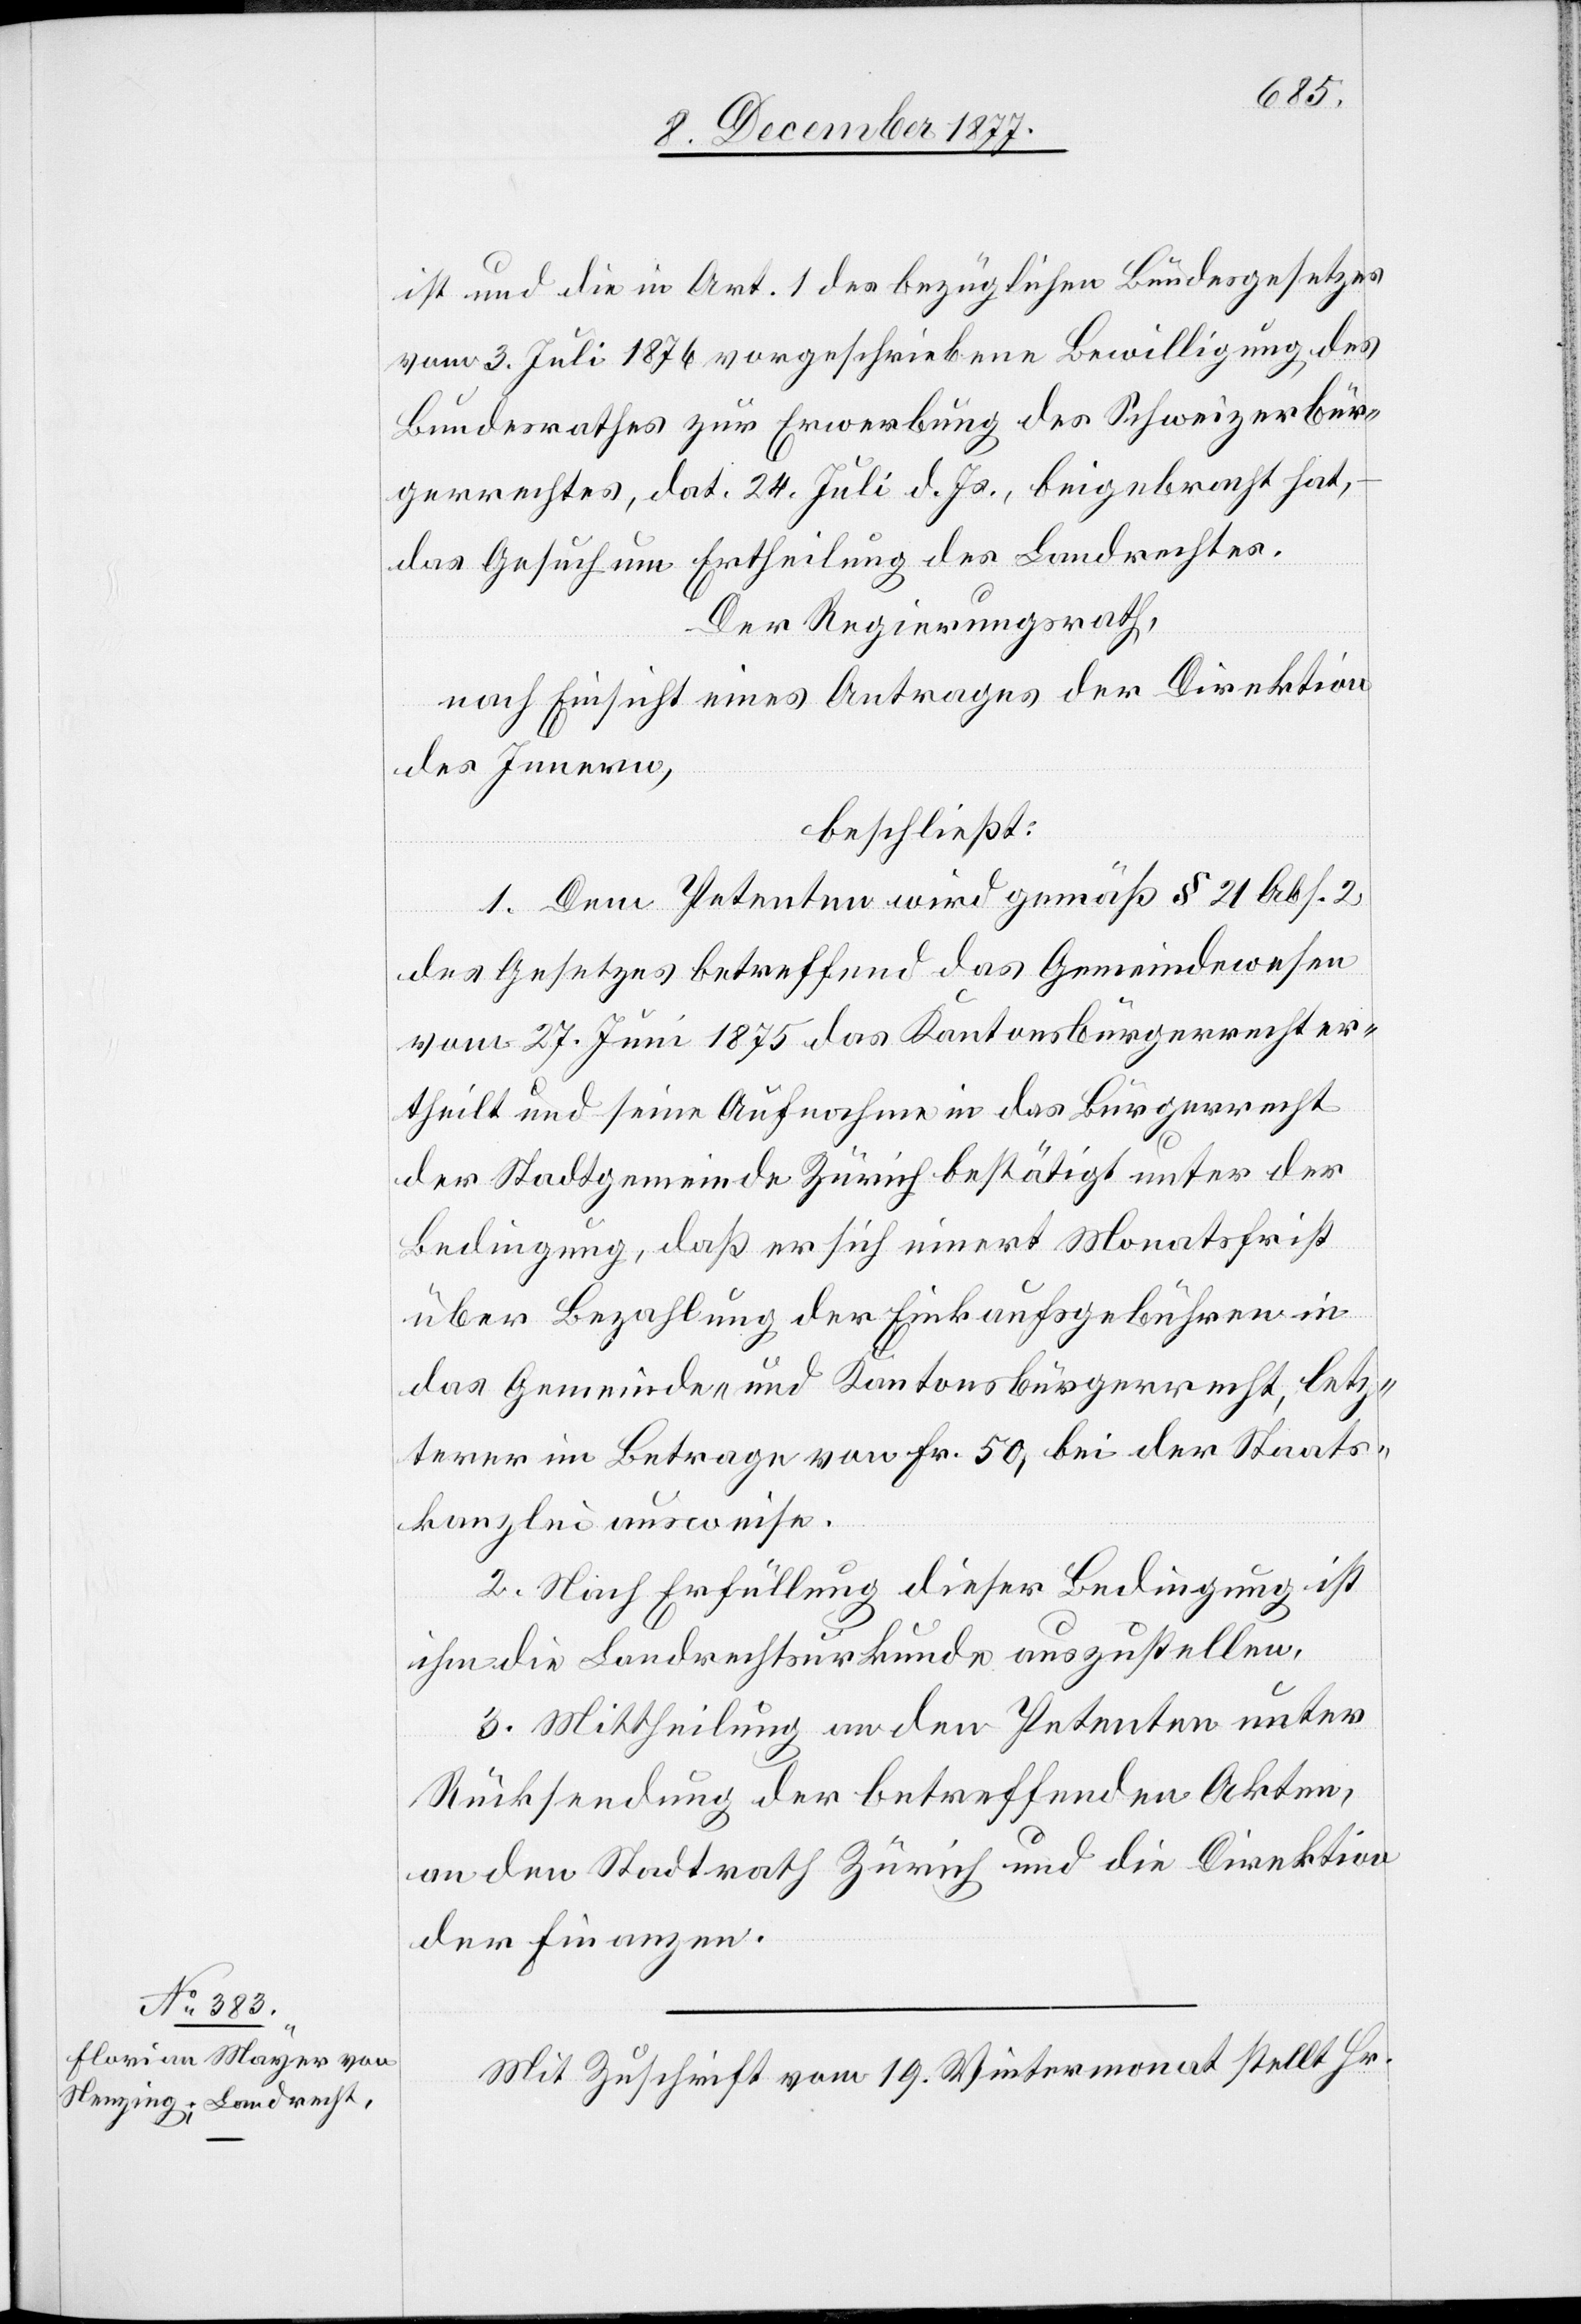
ist und die in Art. 1 des bezüglichen Bundesgesetzes
vom 3. Juli 1876 vorgeschriebene Bewilligung des
Bundesrathes zur Erwerbung des Schweizerbür¬
gerrechtes, dat. 24. Juli d. Js., beigebracht hat,
das Gesuch um Ertheilung des Landrechtes.
Der Regierungsrath,
nach Einsicht eines Antrages der Direktion
des Innern,
beschließt:
1. Dem Petenten wird gemäß § 21 Abs. 2
des Gesetzes betreffend das Gemeindewesen
vom 27. Juni 1875 das Kantonsbürgerrecht er¬
theilt und seine Aufnahme in das Bürgerrecht
der Stadtgemeinde Zürich bestätigt unter der
Bedingung, daß er sich innert Monatsfrist
über Bezahlung der Einkaufsgebühren in
das Gemeinde- und Kantonsbürgerrecht, letz¬
terer im Betrage von Fr. 50, bei der Staats¬
kanzlei ausweise.
2. Nach Erfüllung dieser Bedingung ist
ihm die Landrechtsurkunde auszustellen.
3. Mittheilung an den Petenten unter
Rücksendung der betreffenden Akten,
an den Stadtrath Zürich und die Direktion
der Finanzen.
Mit Zuschrift vom 19. Wintermonat stellt Hr.